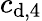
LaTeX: c_{\textup{d,4}}